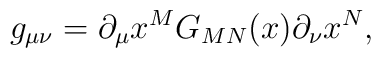
g_{\mu\nu} = \partial_\mu x^M G_{MN}(x)\partial_\nu x^N ,